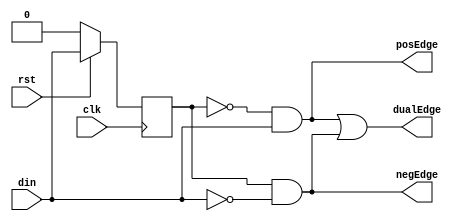
`timescale 1ns/1ns 
module edge_detect(/*AUTOARG*/
   // Outputs
   posEdge, negEdge, dualEdge,
   // Inputs
   clk, rst, din
   );
   input clk;
   input rst;
   input din;
   output posEdge;
   output negEdge;
   output dualEdge;
   
   
   /*AUTOREG*/ 
   /*AUTOWIRE*/

   reg	  din_reg;

   always@(posedge clk)
     begin
	if(!rst)
	  din_reg <= 'h0;
	else
	   din_reg <= din;
     end

   // Posedge detection
   assign posEdge = (~din_reg) & din;
   
   // Negedge detection
   assign negEdge = din_reg & (~din);
  
   // Dualedge detection
   assign dualEdge = posEdge || negEdge;
   
endmodule 
// Local Variables: 
// verilog-library-directories:("~/Projects/fpgaProjects/iVerilog/design/*") 
// End: